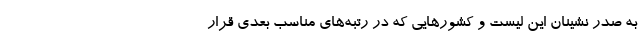
به صدر نشینان این لیست و کشورهایی که در رتبه‌های مناسب بعدی قرار